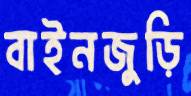
বাইনজুড়ি